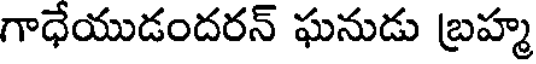
గాధేయుడందరన్ ఘనుడు బ్రహ్మ